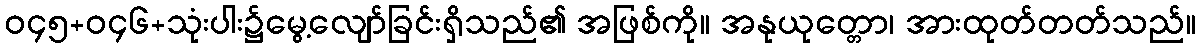
ဝ၄၅+ဝ၄၆+သုံးပါး၌မွေ့လျော်ခြင်းရှိသည်၏ အဖြစ်ကို။ အနုယုတ္တော၊ အားထုတ်တတ်သည်။